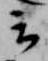
云